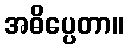
အဓိပ္ပေတာ။